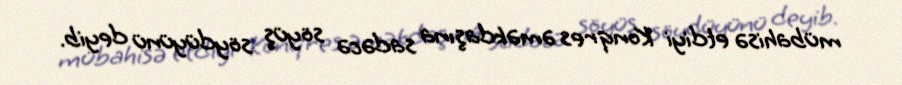
mübahisə etdiyi Konqres əməkdaşına sadəcə söyüş söydüyünü deyib.